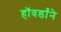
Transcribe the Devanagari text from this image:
हॉवर्डांने